65_HS1-834228961_62-HQ-83894_Section_4
Agency: FBI
Page 208
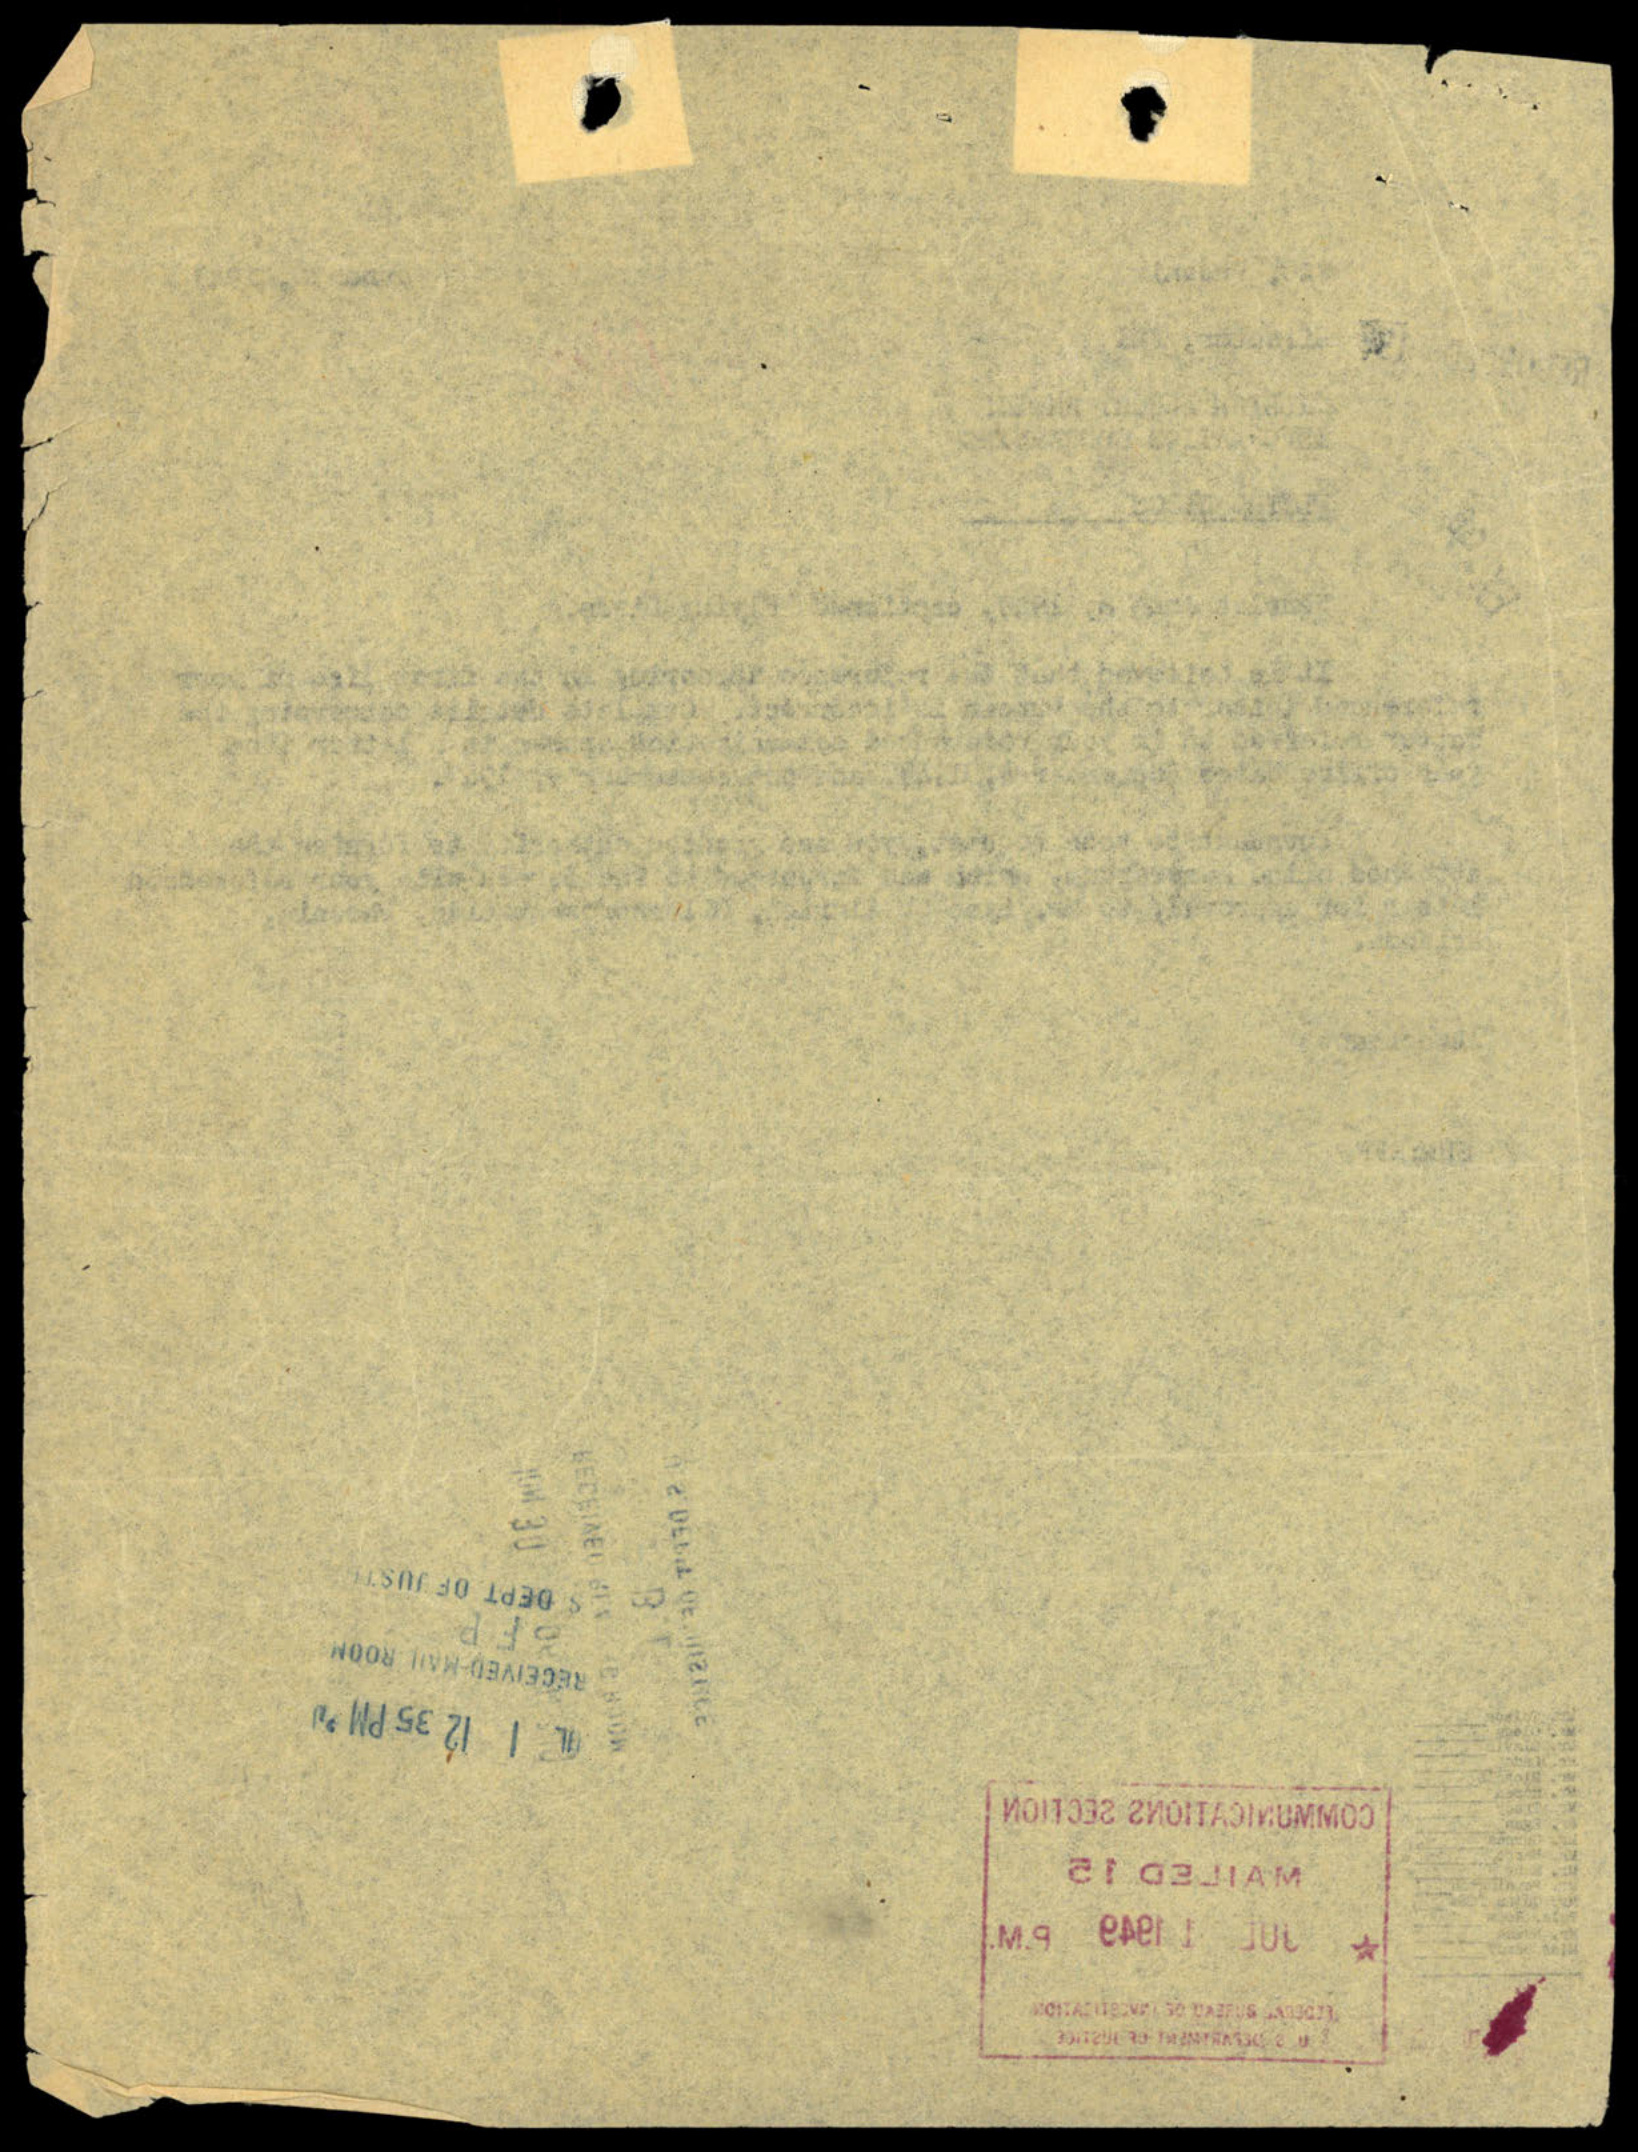